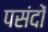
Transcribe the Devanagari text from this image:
पसंदों